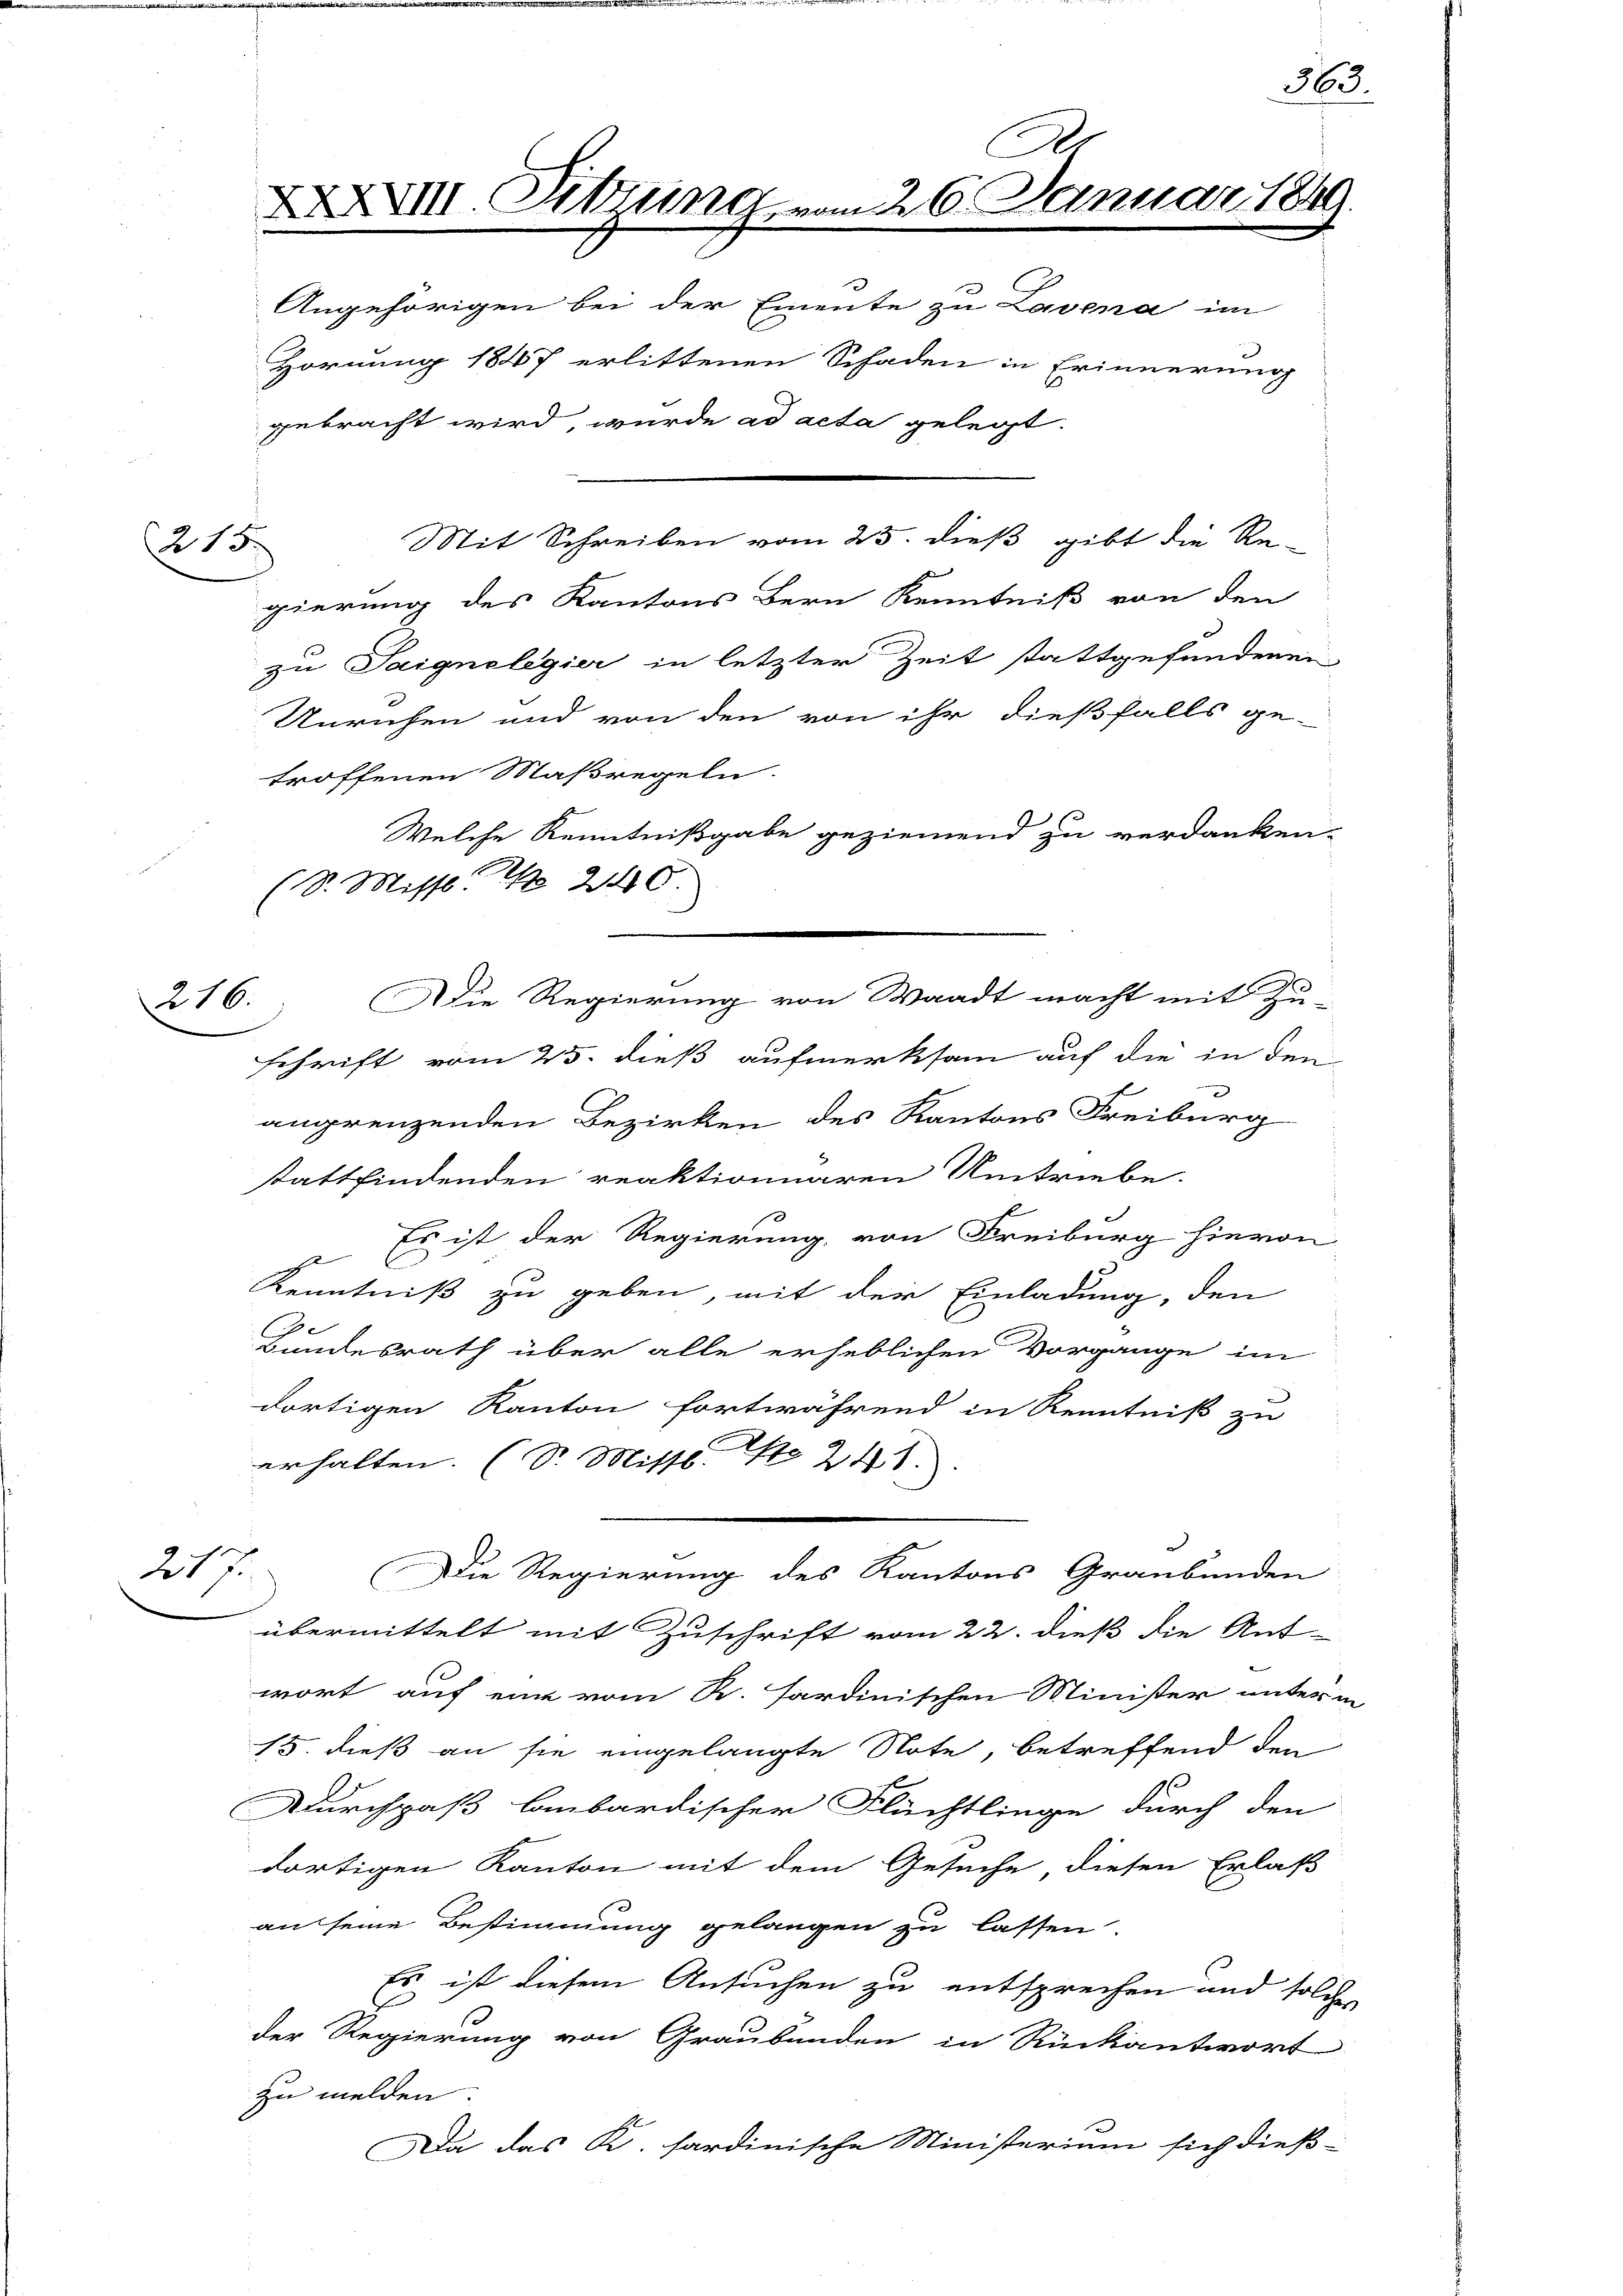
215

216.

21

gierung des Kantons Bern Kenntniß von den
zu Saignolegier in letzter Zeit stattgefundenen
Unruhen und von den von ihr dießfalls ge-
troffenen Maßregeln.
Welche Kenntnißgabe geziemend zu verdanken
(S. Missl    240
schrift vom 25. dieß aufmerksam auf die in den
angrenzenden Bezirken des Kantons Freiburg
stattfindenden reaktionnaren Umtriebe.
Es ist der Regierung, von Freiburg hievon
s
Kenntniß zu geben, mit der Einladung, den
Bundesrath über alle erheblichen Vorgange im
dortigen Kanton fortwährend in Kenntniß zu
erhalten. (S. Mitte. No 211.
.
Die Regierung des Kantons Graubünden
übermittelt mit Zuschrift vom 22. dieß die Ant-
wort auf eine vom R. sardinischen Minister unter
15. dieß an sie eingelangte Note, betreffend den
Durchpaß binbardischer Flüchtlinge durch den
dortigen Kanton mit dem Gesuche, diesen Erlaß
an seine Bestimmung gelangen zu lassen.
Es ist diesem Ansuchen zu entsprechen und solder Regierung von Graubünden in Rückantwort
zu melden
Da das K. sardinische Ministerium sich dieß-

A
XXVIII. Sitzung vom 26. Januar 1849.
Angehörigen bei der Emente zu Lavena im
Hornung 1847 erlittenen Schaden in Erinnerung
gebracht wird, wurde ad acta gelegt.
Mit Schreiben vom 25. dieß gibt die Re-

Die Regierung von Waadt macht mit Zu-

563.

.

2

2
.